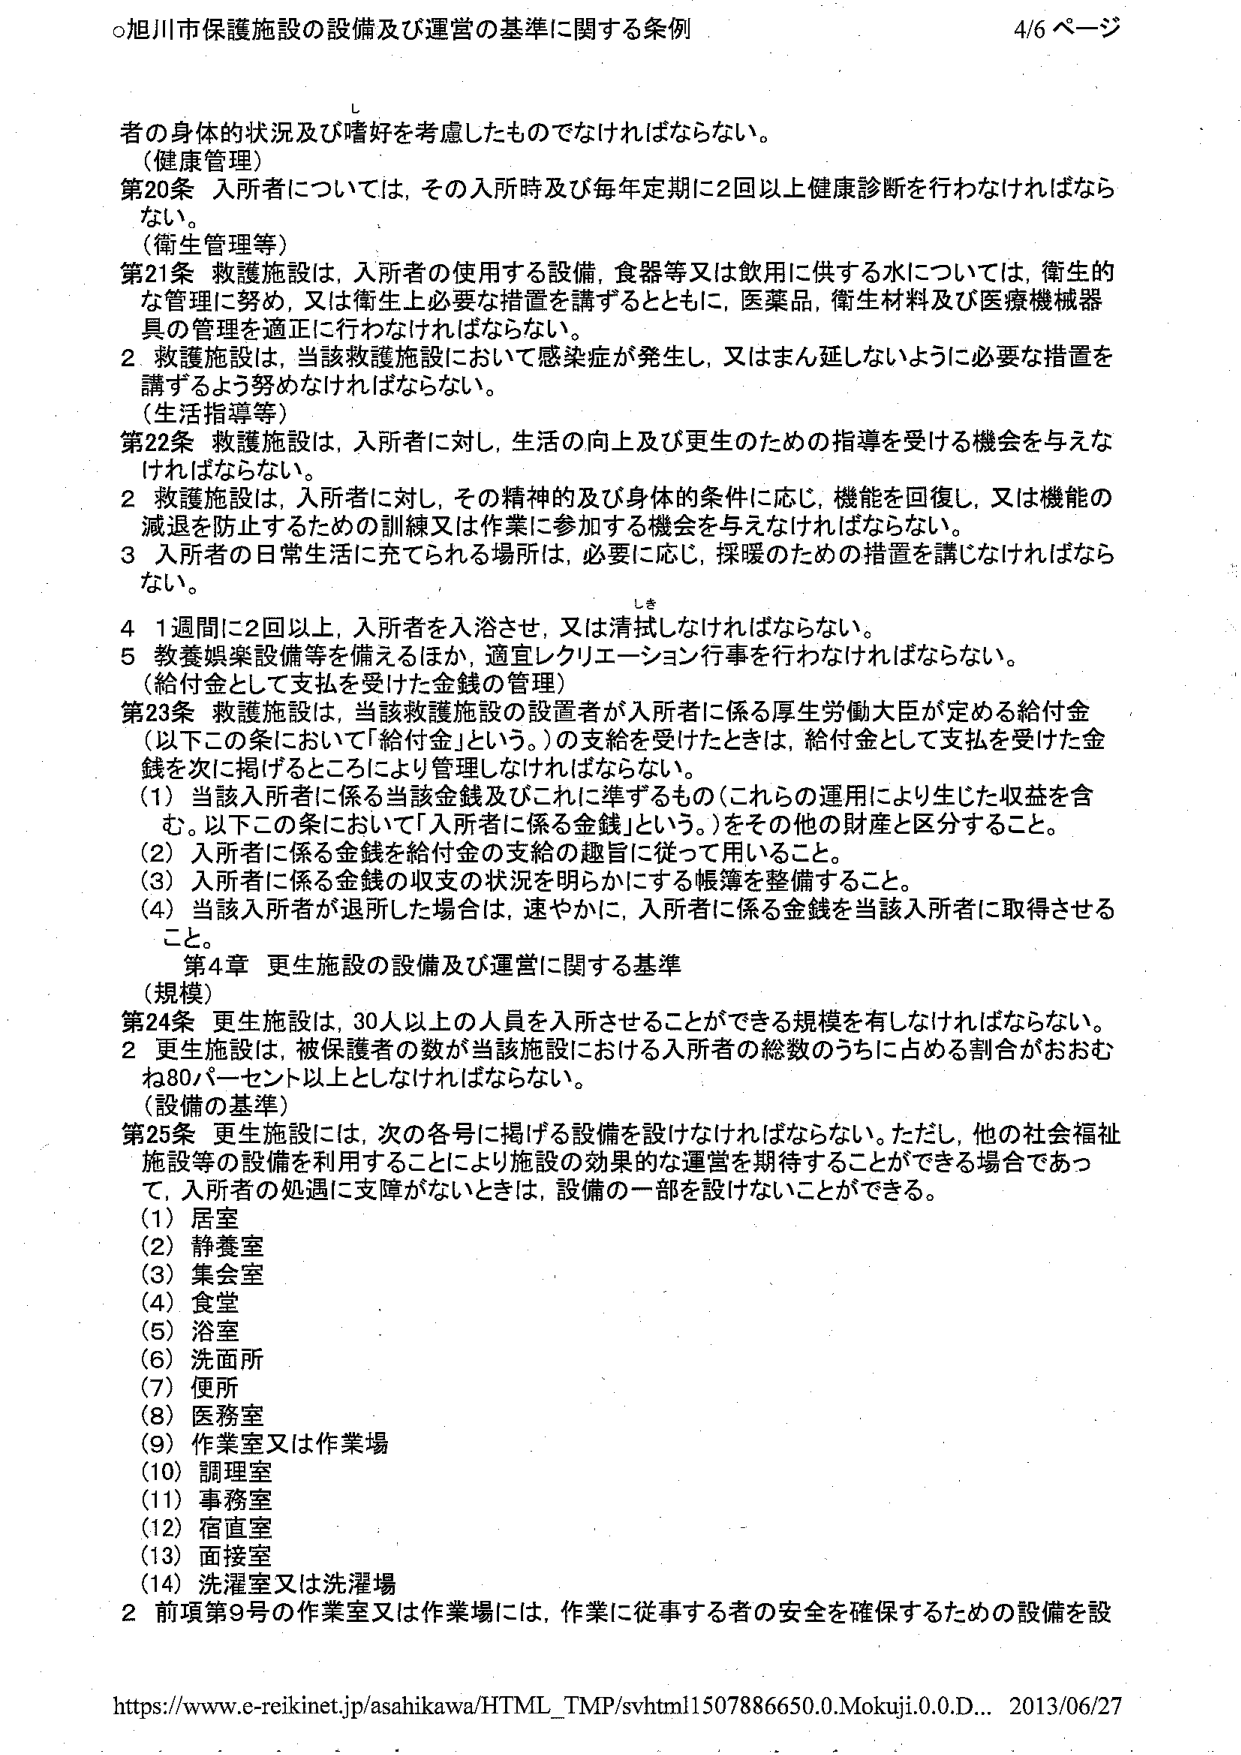
○旭川市保護施設の設備及び運営の基準に関する条例 4/6 ページ

者の身体的状況及び嗜好を考慮したものでなければならない。
（健康管理）
第20条 入所者については、その入所時及び毎年定期に2回以上健康診断を行わなければならない。
（衛生管理等）
第21条 救護施設は、入所者の使用する設備、食器等又は飲用に供する水については、衛生的な管理に努め、又は衛生上必要な措置を講ずるとともに、医薬品、衛生材料及び医療機械器具の管理を適正に行わなければならない。
2 救護施設は、当該救護施設において感染症が発生し、又はまん延しないように必要な措置を講ずるよう努めなければならない。
（生活指導等）
第22条 救護施設は、入所者に対し、生活の向上及び更生のための指導を受ける機会を与えなければならない。
2 救護施設は、入所者に対し、その精神的及び身体的条件に応じ、機能を回復し、又は機能の減退を防止するための訓練又は作業に参加する機会を与えなければならない。
3 入所者の日常生活に充てられる場所は、必要に応じ、採暖のための措置を講じなければならない。
4 1週間に2回以上、入所者を入浴させ、又は清拭しなければならない。
5 教養娯楽設備等を備えるほか、適宜レクリエーション行事を行わなければならない。
（給付金として支払を受けた金銭の管理）
第23条 救護施設は、当該救護施設の設置者が入所者に係る厚生労働大臣が定める給付金（以下この条において「給付金」という。）の支給を受けたときは、給付金として支払を受けた金銭を次に掲げるところにより管理しなければならない。
（1）当該入所者に係る当該金銭及びこれに準ずるもの（これらの運用により生じた収益を含む。以下この条において「入所者に係る金銭」という。）をその他の財産と区分すること。
（2）入所者に係る金銭を給付金の支給の趣旨に従って用いること。
（3）入所者に係る金銭の収支の状況を明らかにする帳簿を整備すること。
（4）当該入所者が退所した場合は、速やかに、入所者に係る金銭を当該入所者に取得させるこ と。
第4章 更生施設の設備及び運営に関する基準
（規模）
第24条 更生施設は、30人以上の人員を入所させることができる規模を有しなければならない。
2 更生施設は、被保護者の数が当該施設における入所者の総数のうち占める割合がおおむね80パーセント以上としなければならない。
（設備の基準）
第25条 更生施設には、次の各号に掲げる設備を設けなければならない。ただし、他の社会福祉施設等の設備を利用することにより施設の効果的な運営を期待することができる場合であって、入所者の処遇に支障がないときは、設備の一部を設けないことができる。
（1）居室
（2）静養室
（3）集会室
（4）食堂
（5）浴室
（6）洗面所
（7）便所
（8）医務室
（9）作業室又は作業場
（10）調理室
（11）事務室
（12）宿直室
（13）面接室
（14）洗濯室又は洗濯場
2 前項第9号の作業室又は作業場には、作業に従事する者の安全を確保するための設備を設

https://www.e-reikinet.jp/asahikawa/HTML_TMP/svhtml1507886650.0.Mokuji.0.0.D... 2013/06/27